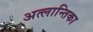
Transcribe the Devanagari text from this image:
अत्लान्तिका